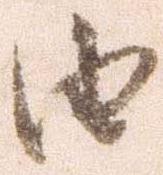
由